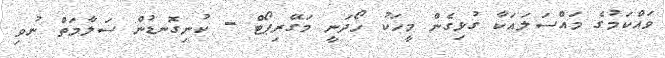
ވައްކަމުގެ މައްސަލައަކާ ގުޅިގެން މީހަކު ހޯދަނީ މަގޭރިޕޯޓް - ކުނިގޮނޑުން ސަލާމަތް ނުވި